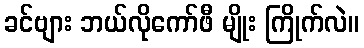
ခင်ဗျား ဘယ်လိုကော်ဖီ မျိုး ကြိုက်လဲ။